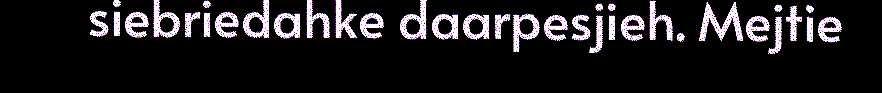
siebriedahke daarpesjieh. Mejtie